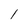
Character: l